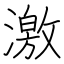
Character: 激